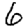
Digit: 6